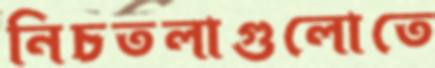
নিচতলাগুলোতে